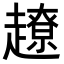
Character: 𧽽